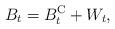
LaTeX: \begin{align*}B_t = B_t^{\rm C} + W_t,\end{align*}